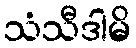
သံသီဒါမိ